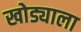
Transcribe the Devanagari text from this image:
खोड्याला